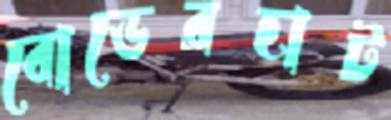
বোডেরহাট